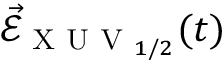
\vec { \mathcal { E } } _ { \textsc { X U V } _ { 1 / 2 } } ( t )